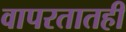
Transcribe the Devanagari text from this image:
वापरतातही